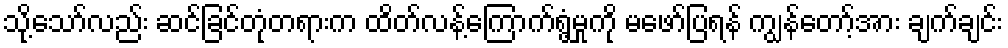
သို့သော်လည်း ဆင်ခြင်တုံတရားက ထိတ်လန့်ကြောက်ရွံ့မှုကို မဖော်ပြရန် ကျွန်တော့်အား ချက်ချင်း